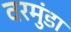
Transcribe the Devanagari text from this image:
वरमुंडा